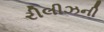
રીલીઝની